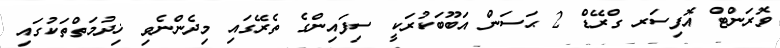
ވޮރަންޓް އޮފިސަރ ގްރޭޑް 2 ޙަސަން އަބޫބަކުރަކީ ސިފައިންގެ ތެރޭގައި މިދެންނެވި ޚިދުމަތްތަކުގައި